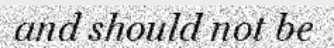
and should not be